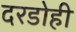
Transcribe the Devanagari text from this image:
दरडोही